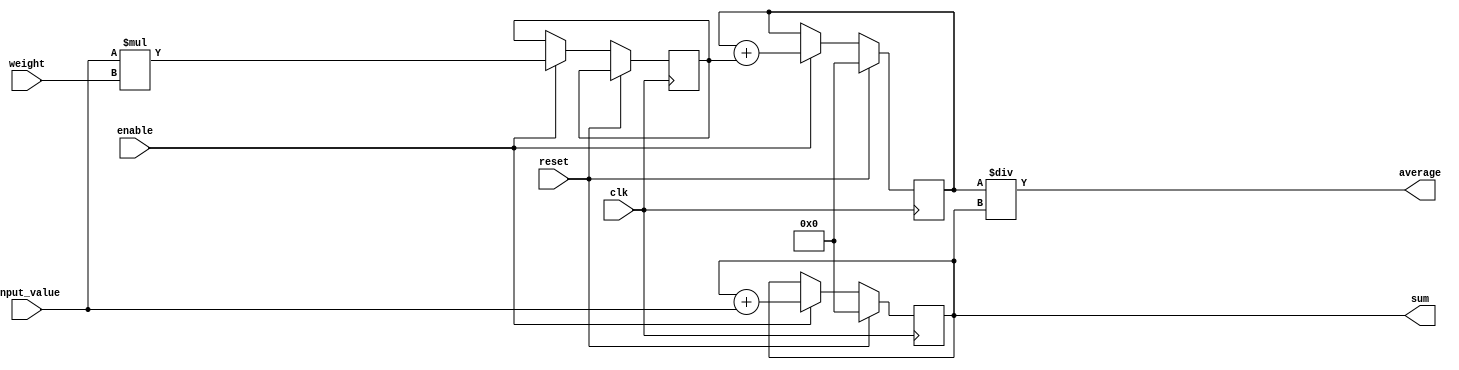
module weighted_moving_average_accumulator (
    input wire clk,
    input wire reset,
    input wire enable,
    input wire signed [15:0] input_value,
    input wire signed [15:0] weight,
    output reg signed [31:0] sum,
    output wire signed [31:0] average
);

reg signed [31:0] product;
reg signed [31:0] weighted_sum;

always @(posedge clk) begin
    if(reset) begin
        sum <= 0;
        weighted_sum <= 0;
    end
    else if(enable) begin
        product <= input_value * weight;
        weighted_sum <= weighted_sum + product;
        sum <= sum + input_value;
    end
end

assign average = weighted_sum / sum;

endmodule